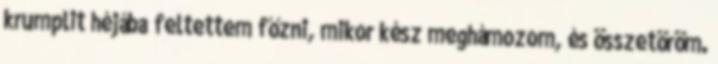
krumplit héjába feltettem főzni, mikor kész meghámozom, és összetöröm.